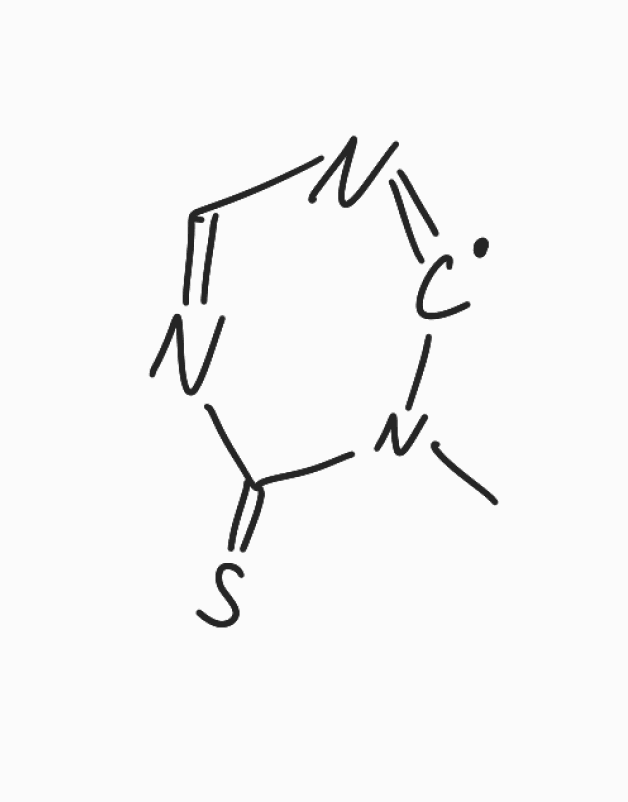
Simplified molecular-input line-entry system (SMILES) notation of the given molecule:
CN1[C]=NC=NC1=S